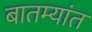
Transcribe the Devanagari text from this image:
बातम्‍यांत